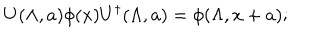
U ( \Lambda , a ) \phi ( x ) U ^ { \dagger } ( \Lambda , a ) = \phi ( \Lambda , x + a ) ;